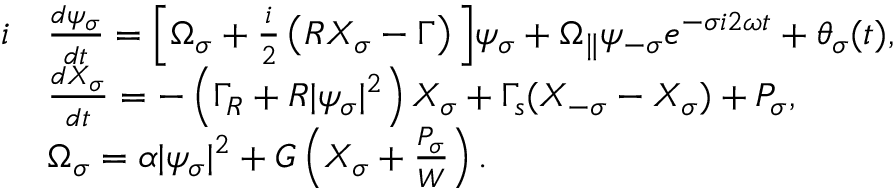
\begin{array} { r l } { i } & { \frac { d \psi _ { \sigma } } { d t } = \Big [ \Omega _ { \sigma } + \frac { i } { 2 } \left( R X _ { \sigma } - \Gamma \right) \Big ] \psi _ { \sigma } + \Omega _ { \parallel } \psi _ { - \sigma } e ^ { - \sigma i 2 \omega t } + \theta _ { \sigma } ( t ) , } \\ & { \frac { d X _ { \sigma } } { d t } = - \left( \Gamma _ { R } + R \lvert \psi _ { \sigma } \rvert ^ { 2 } \right) X _ { \sigma } + \Gamma _ { s } ( X _ { - \sigma } - X _ { \sigma } ) + P _ { \sigma } , } \\ & { \Omega _ { \sigma } = \alpha \lvert \psi _ { \sigma } \rvert ^ { 2 } + G \left( X _ { \sigma } + \frac { P _ { \sigma } } { W } \right) . } \end{array}